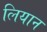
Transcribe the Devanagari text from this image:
लियान